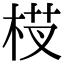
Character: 𬂵